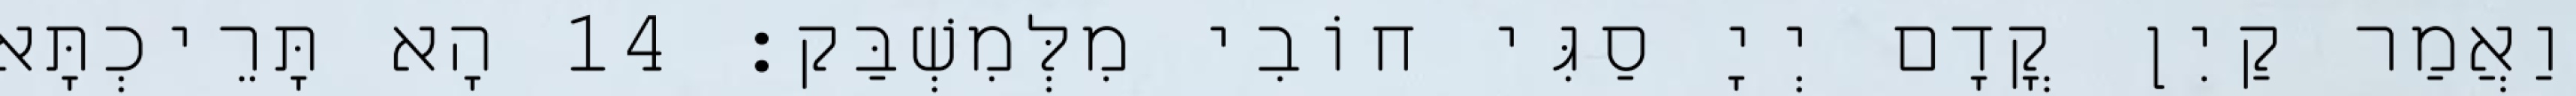
וַאֲמַר קַיִן קֳדָם יְיָ סַגִּי חוֹבִי מִלְּמִשְׁבַּק׃ 14 הָא תָּרֵיכְתָּא